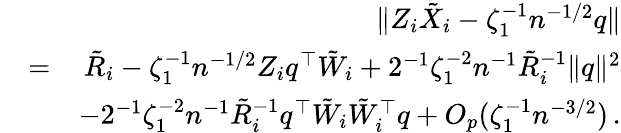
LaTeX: \begin{array}{rlr}&{}&{\| Z_{i}\tilde{X}_{i}-\zeta_{1}^{-1}n^{-1/2}{q}\| }\\ &{=}&{\tilde{R}_{i}-\zeta_{1}^{-1}n^{-1/2}Z_{i}{q}^{\top}{\tilde{W}}_{i}+2^{-1}\zeta_{1}^{-2}n^{-1}\tilde{R}_{i}^{-1}\| {q}\| ^{2}}\\ &{}&{-2^{-1}\zeta_{1}^{-2}n^{-1}\tilde{R}_{i}^{-1}{q}^{\top}{\tilde{W}}_{i}{\tilde{W}}_{i}^{\top}{q}+O_{p}(\zeta_{1}^{-1}n^{-3/2})\, .}\end{array}